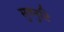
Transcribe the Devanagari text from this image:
सुतनुटि